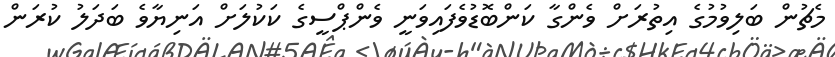
މެޗުން ބަލިވުމުގެ އިތުރަށް ވެންގާ ކަންބޮޑުވެފައިވަނީ ވެންޕްސީގެ ކަކުލަށް އަނިޔާވެ ބަދަލު ކުރަން